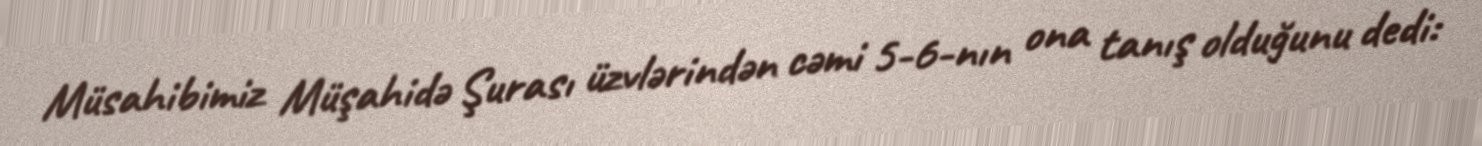
Müsahibimiz Müşahidə Şurası üzvlərindən cəmi 5-6-nın ona tanış olduğunu dedi: